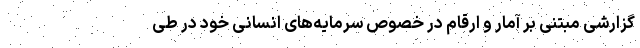
گزارشی مبتنی بر آمار و ارقام در خصوص سرمایه‌های انسانی خود در طی